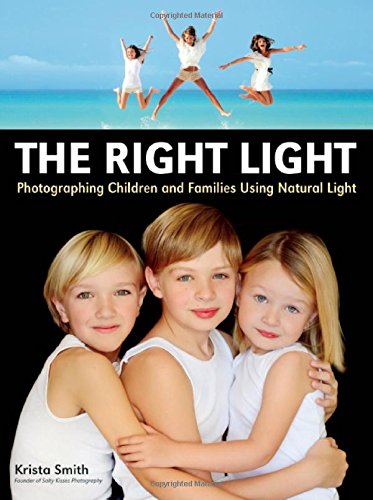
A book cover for The Right Light: Photographing Children and Families Using Natural Light; Krista Smith; Arts & Photography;